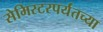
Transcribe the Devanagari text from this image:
सेमिस्टरपर्यंतच्या